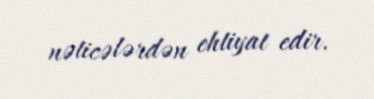
nəticələrdən ehtiyat edir.